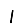
Digit: 1